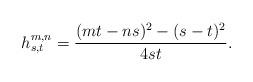
LaTeX: \begin{align*} h_{s,t}^{m,n} = \frac{(mt-ns)^2-(s-t)^2}{4st}.\end{align*}